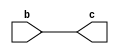
module top(b,c);
input b;
output c;

parameter Y = 3;

assign c = b;
endmodule